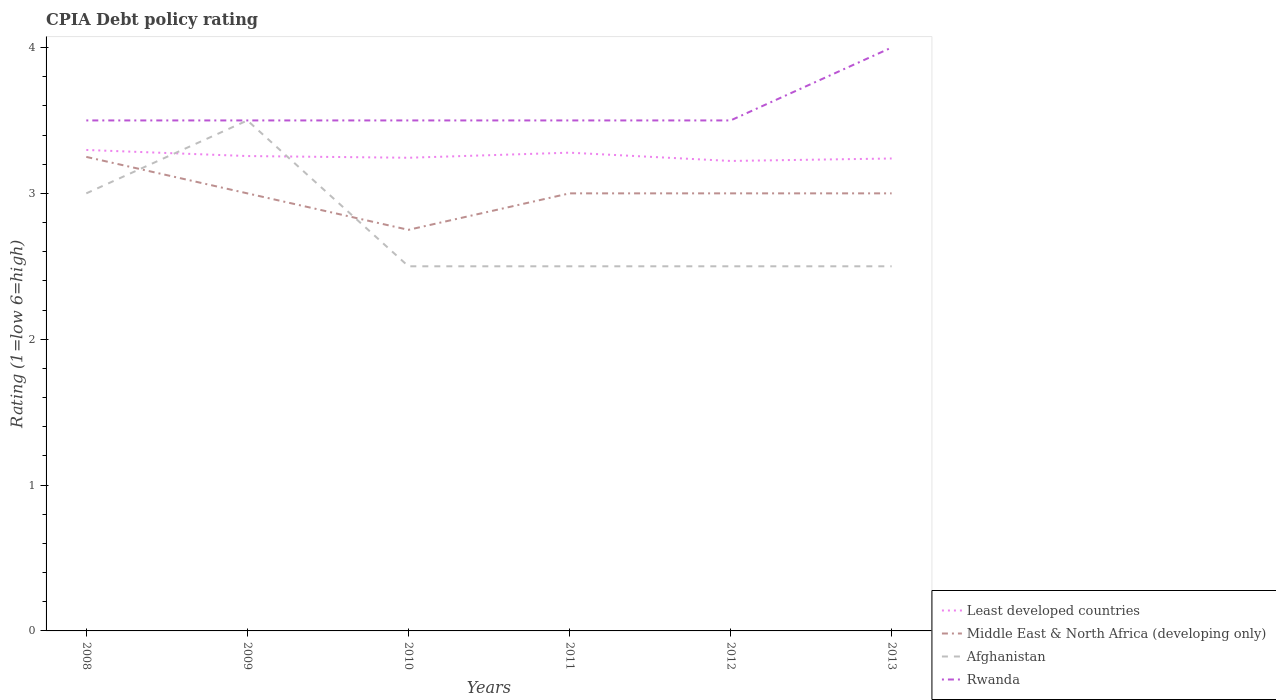
| Years | Least developed countries | Middle East & North Africa (developing only) | Afghanistan | Rwanda |
 | --- | --- | --- | --- | --- |
 | 2008 | 3.3 | 3.25 | 3 | 3.5 |
 | 2009 | 3.26 | 3 | 3.5 | 3.5 |
 | 2010 | 3.24 | 2.75 | 2.5 | 3.5 |
 | 2011 | 3.28 | 3 | 2.5 | 3.5 |
 | 2012 | 3.22 | 3 | 2.5 | 3.5 |
 | 2013 | 3.24 | 3 | 2.5 | 4 |